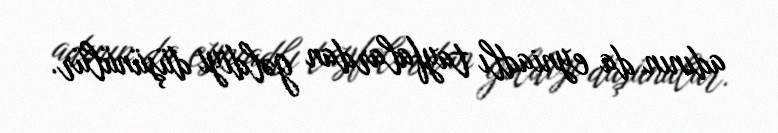
adının da eyniadlı tayfalardan gəldiyi düşünülür.